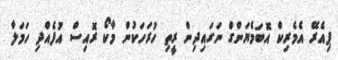
ޕިއެރޭ އެމެރިކް އޮބަމެޔަންގް ނަގައިދިން ރީތި ހުރަހަކުން މާކޯ ރޮއިސް އުފެއްދި ހަމަލާ